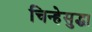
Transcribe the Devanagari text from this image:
चिन्हेसुद्धा